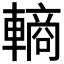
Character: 𬧽